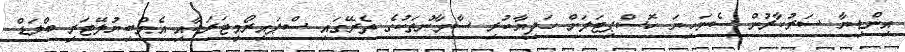
އިންޑިޔާ ސަރުކާރުން ސެނަހިޔަ ހޮސްޕިޓަލަށް ހަދިޔާކުރި ސާމާނުތަކުގެ ތެރޭގައި ސްޕައިރޯމީޓަރަކާއި އެމްބިޔުލޭޓަރީ ބްލަޑް